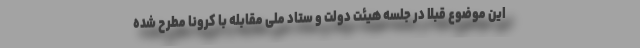
این موضوع قبلا در جلسه هیئت دولت و ستاد ملی مقابله با کرونا مطرح شده